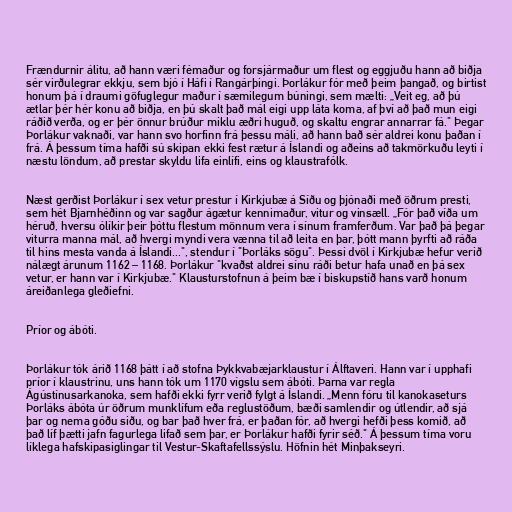
Frændurnir álitu, að hann væri fémaður og forsjármaður um flest og eggjuðu hann að biðja
sér virðulegrar ekkju, sem bjó í Háfi í Rangárþingi. Þorlákur fór með þeim þangað, og birtist
honum þá í draumi göfuglegur maður í sæmilegum búningi, sem mælti: „Veit eg, að þú
ætlar þér hér konu að biðja, en þú skalt það mál eigi upp láta koma, af því að það mun eigi
ráðið verða, og er þér önnur brúður miklu æðri huguð, og skaltu engrar annarrar fá." Þegar
Þorlákur vaknaði, var hann svo horfinn frá þessu máli, að hann bað sér aldrei konu þaðan í
frá. Á þessum tíma hafði sú skipan ekki fest rætur á Íslandi og aðeins að takmörkuðu leyti í
næstu löndum, að prestar skyldu lifa einlífi, eins og klaustrafólk.

Næst gerðist Þorlákur í sex vetur prestur í Kirkjubæ á Síðu og þjónaði með öðrum presti,
sem hét Bjarnhéðinn og var sagður ágætur kennimaður, vitur og vinsæll. „Fór það víða um
héruð, hversu ólíkir þeir þóttu flestum mönnum vera í sínum framferðum. Var það þá þegar
viturra manna mál, að hvergi myndi vera vænna til að leita en þar, þótt mann þyrfti að ráða
til hins mesta vanda á Íslandi...", stendur í "Þorláks sögu". Þessi dvöl í Kirkjubæ hefur verið
nálægt árunum 1162 – 1168. Þorlákur "kvaðst aldrei sínu ráði betur hafa unað en þá sex
vetur, er hann var í Kirkjubæ." Klausturstofnun á þeim bæ í biskupstíð hans varð honum
áreiðanlega gleðiefni.

Príor og ábóti.

Þorlákur tók árið 1168 þátt í að stofna Þykkvabæjarklaustur í Álftaveri. Hann var í upphafi
príor í klaustrinu, uns hann tók um 1170 vígslu sem ábóti. Þarna var regla
Ágústínusarkanoka, sem hafði ekki fyrr verið fylgt á Íslandi. „Menn fóru til kanokaseturs
Þorláks ábóta úr öðrum munklífum eða reglustöðum, bæði samlendir og útlendir, að sjá
þar og nema góðu siðu, og bar það hver frá, er þaðan fór, að hvergi hefði þess komið, að
það líf þætti jafn fagurlega lifað sem þar, er Þorlákur hafði fyrir séð." Á þessum tíma voru
líklega hafskipasiglingar til Vestur-Skaftafellssýslu. Höfnin hét Minþakseyri.